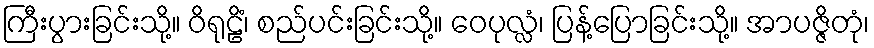
ကြီးပွားခြင်းသို့။ ဝိရုဠိံ၊ စည်ပင်းခြင်းသို့။ ဝေပုလ္လံ၊ ပြန့်ပြောခြင်းသို့။ အာပဇ္ဇိတုံ၊